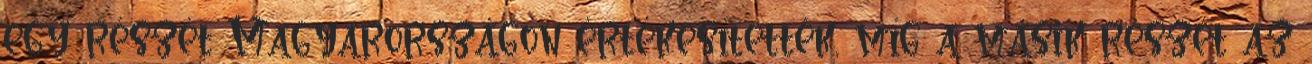
egy részét Magyarországon értékesítették, míg a másik részét az